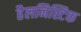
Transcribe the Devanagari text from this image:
हैलनिस्टिक